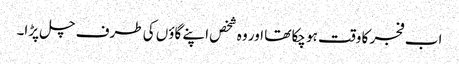
اب فجر کا وقت ہو چکا تھا اور وہ شخص اپنے گاؤں کی طرف چل پڑا۔